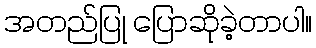
အတည်ပြု ပြောဆိုခဲ့တာပါ။